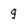
Character: g